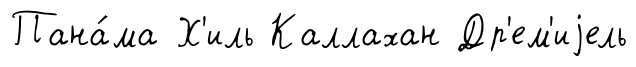
Пана́ма Х'иль Каллахан Др'ем'иjель